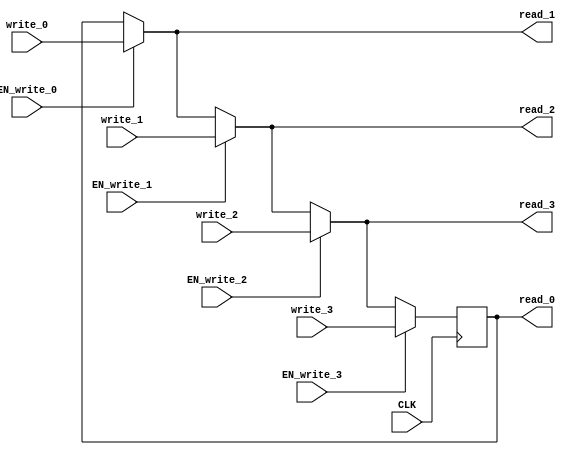
module EHRU_4 (
    CLK,
    read_0,
    write_0,
    EN_write_0,
    read_1,
    write_1,
    EN_write_1,
    read_2,
    write_2,
    EN_write_2,
    read_3,
    write_3,
    EN_write_3
);
    parameter            DATA_SZ = 1;
    parameter            RESET_VAL = 0;

    input                CLK;
    output [DATA_SZ-1:0] read_0;
    input  [DATA_SZ-1:0] write_0;
    input                EN_write_0;
    output [DATA_SZ-1:0] read_1;
    input  [DATA_SZ-1:0] write_1;
    input                EN_write_1;
    output [DATA_SZ-1:0] read_2;
    input  [DATA_SZ-1:0] write_2;
    input                EN_write_2;
    output [DATA_SZ-1:0] read_3;
    input  [DATA_SZ-1:0] write_3;
    input                EN_write_3;

    reg    [DATA_SZ-1:0] r;
    wire   [DATA_SZ-1:0] wire_0;
    wire   [DATA_SZ-1:0] wire_1;
    wire   [DATA_SZ-1:0] wire_2;
    wire   [DATA_SZ-1:0] wire_3;
    wire   [DATA_SZ-1:0] wire_4;

    assign wire_0 = r;
    assign wire_1 = EN_write_0 ? write_0 : wire_0;
    assign wire_2 = EN_write_1 ? write_1 : wire_1;
    assign wire_3 = EN_write_2 ? write_2 : wire_2;
    assign wire_4 = EN_write_3 ? write_3 : wire_3;

    assign read_0 = wire_0;
    assign read_1 = wire_1;
    assign read_2 = wire_2;
    assign read_3 = wire_3;

    always @(posedge CLK) begin
        r <= wire_4;
    end
endmodule